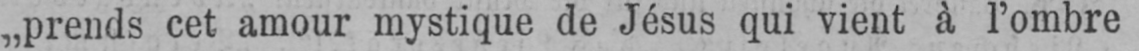
„prends cet amour mystique de Jésus qui vient à l’ombre